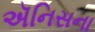
ઍનિસના